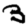
Digit: 3